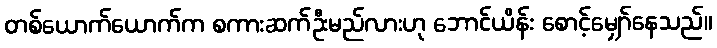
တစ်ယောက်ယောက်က စကားဆက်ဦးမည်လားဟု ဘောင်ယိန်း စောင့်မျှော်နေသည်။